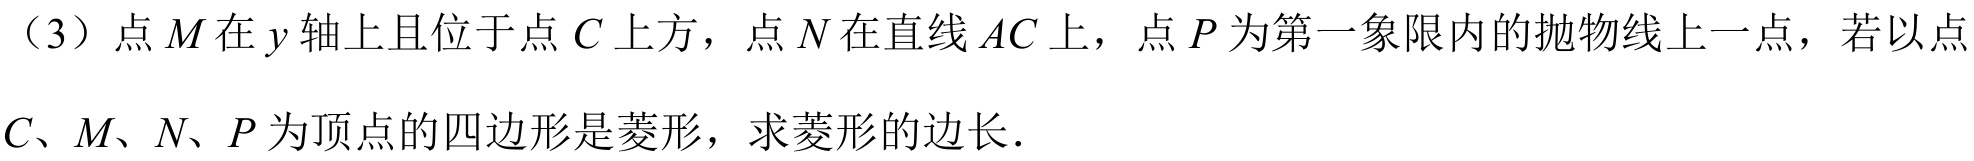
（3）点\(M\)在\(y\)轴上且位于点\(C\)上方，点\(N\)在直线\(AC\)上，点\(P\)为第一象限内的抛物线上一点，若以点\(C、M、N、P\)为顶点的四边形是菱形，求菱形的边长．